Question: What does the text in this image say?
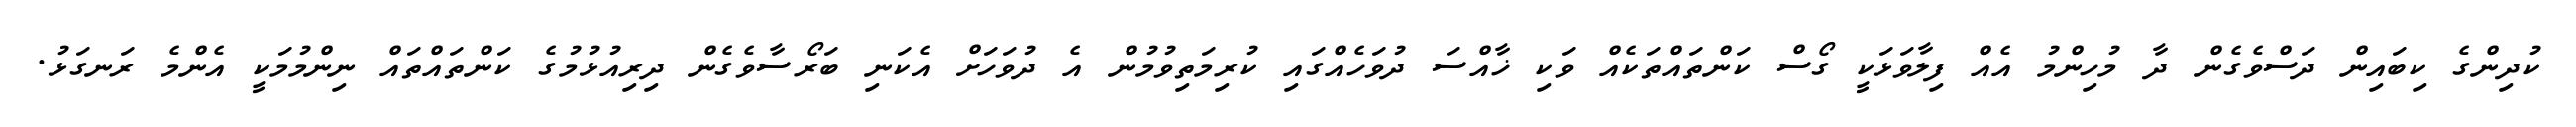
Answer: ކުދިންގެ ކިބައިން ދަސްވެގެން ދާ މުހިންމު އެއް ފިލާވަޅަކީ ގޯސް ކަންތައްތަކެއް ވަކި ޚާއްސަ ދުވަހެއްގައި ކުރިމަތިވުމުން އެ ދުވަހަށް އެކަނި ބަރޯސާވެގެން ދިރިއުޅުމުގެ ކަންތައްތައް ނިންމުމަކީ އެންމެ ރަނގަޅު.